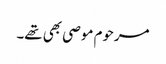
مرحوم موصی بھی تھے۔